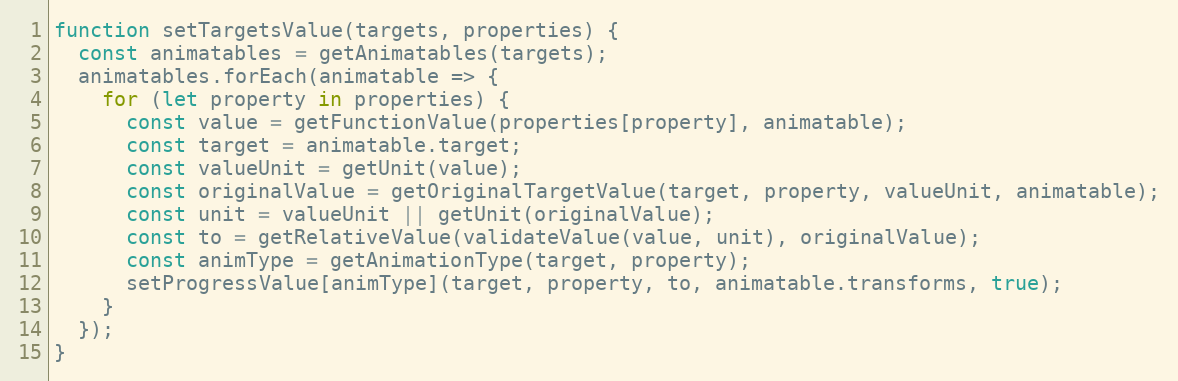
Language: JavaScript
function setTargetsValue(targets, properties) {
  const animatables = getAnimatables(targets);
  animatables.forEach(animatable => {
    for (let property in properties) {
      const value = getFunctionValue(properties[property], animatable);
      const target = animatable.target;
      const valueUnit = getUnit(value);
      const originalValue = getOriginalTargetValue(target, property, valueUnit, animatable);
      const unit = valueUnit || getUnit(originalValue);
      const to = getRelativeValue(validateValue(value, unit), originalValue);
      const animType = getAnimationType(target, property);
      setProgressValue[animType](target, property, to, animatable.transforms, true);
    }
  });
}